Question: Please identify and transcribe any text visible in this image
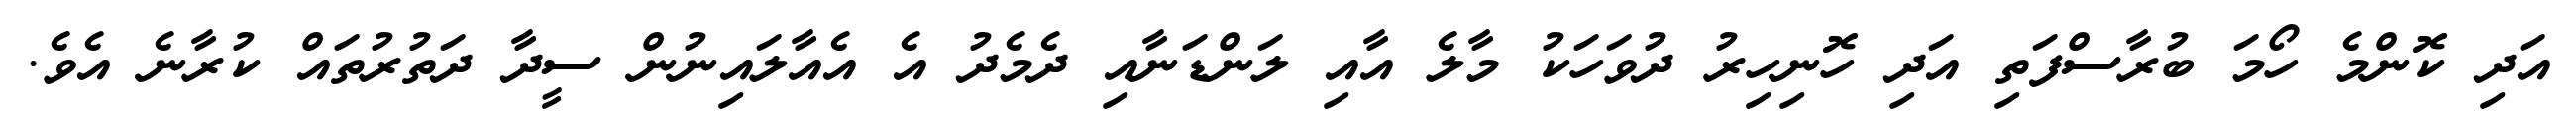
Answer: އަދި ކޮންމެ ހޯމަ ބުރާސްފަތި އަދި ހޮނިހިރު ދުވަހަކު މާލެ އާއި ލަންޑަނާއި ދެމެދު އެ އެއާލައިނުން ސީދާ ދަތުރުތައް ކުރާނެ އެވެ.